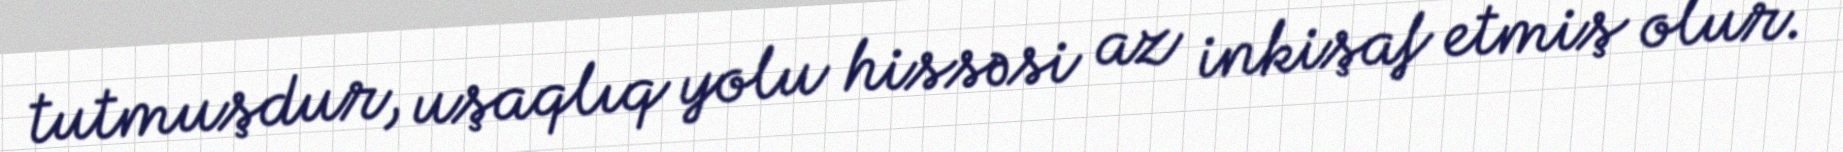
tutmuşdur, uşaqlıq yolu hissəsi az inkişaf etmiş olur.